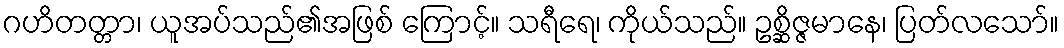
ဂဟိတတ္တာ၊ ယူအပ်သည်၏အဖြစ် ကြောင့်။ သရီရေ၊ ကိုယ်သည်။ ဥစ္ဆိဇ္ဇမာနေ၊ ပြတ်လသော်။